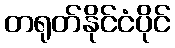
တရုတ်နိုင်ငံပိုင်